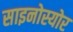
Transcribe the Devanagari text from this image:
साइनोस्योर